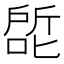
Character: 𰈕